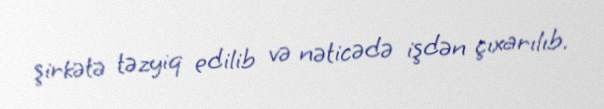
şirkətə təzyiq edilib və nəticədə işdən çıxarılıb.